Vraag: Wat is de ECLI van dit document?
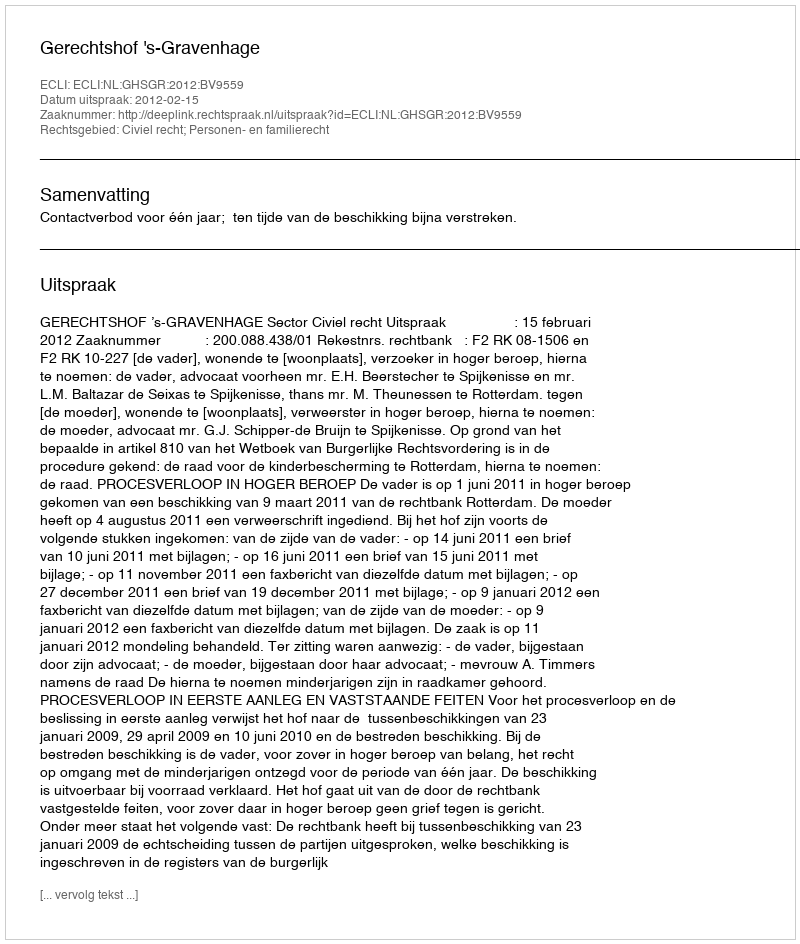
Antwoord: ECLI:NL:GHSGR:2012:BV9559